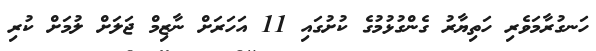
ހަނގުރާމަވެރި ހަތިޔާރު ގެންގުޅުމުގެ ކުށުގައި 11 އަހަރަށް ނާޒިމް ޖަލަށް ލުމަށް ކުރި